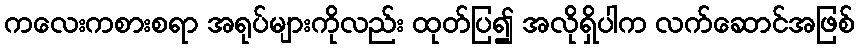
ကလေးကစားစရာ အရုပ်များကိုလည်း ထုတ်ပြ၍ အလိုရှိပါက လက်ဆောင်အဖြစ်